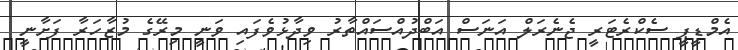
އެމްޑީޕީ ސެކްރެޓަރީ ޖެނެރަލް އަނަސް އަބްދުއްސައްތާރު ވިދާޅުވެފައި ވަނީ މިރޭގެ މުޒާހަރާ ފަށާނީ